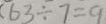
6 3 \div 7 = 9